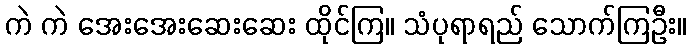
ကဲ ကဲ အေးအေးဆေးဆေး ထိုင်ကြ။ သံပုရာရည် သောက်ကြဦး။